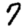
Digit: 7